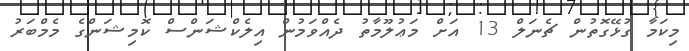
މިކަމާ ގުޅޭގޮތުން ޗެނަލް 13 އަށް މަޢުލޫމާތު ދެއްވަަމުން އިލެކްޝަންސް ކޮމިޝަންގެ މެމްބަރު